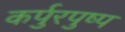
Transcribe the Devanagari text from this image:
कर्पुरपुष्प